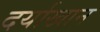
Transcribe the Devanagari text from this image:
दर्याखान